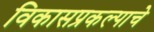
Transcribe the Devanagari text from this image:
विकासप्रकल्पाचे